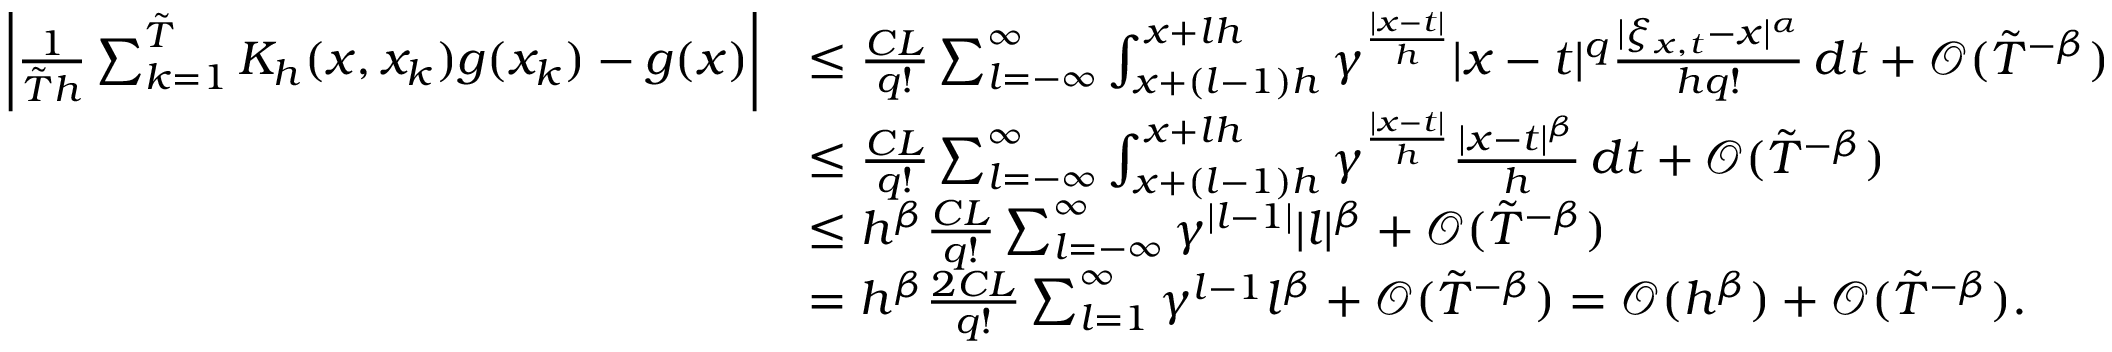
\begin{array} { r l } { \left| \frac { 1 } { \tilde { T } h } \sum _ { k = 1 } ^ { \tilde { T } } K _ { h } ( x , x _ { k } ) g ( x _ { k } ) - g ( x ) \right| } & { \leq \frac { C L } { q ! } \sum _ { l = - \infty } ^ { \infty } \int _ { x + ( l - 1 ) h } ^ { x + l h } \gamma ^ { \frac { | x - t | } { h } } | x - t | ^ { q } \frac { | \xi _ { x , t } - x | ^ { \alpha } } { h q ! } \, d t + \mathcal { O } ( \tilde { T } ^ { - \beta } ) } \\ & { \leq \frac { C L } { q ! } \sum _ { l = - \infty } ^ { \infty } \int _ { x + ( l - 1 ) h } ^ { x + l h } \gamma ^ { \frac { | x - t | } { h } } \frac { | x - t | ^ { \beta } } { h } \, d t + \mathcal { O } ( \tilde { T } ^ { - \beta } ) } \\ & { \leq h ^ { \beta } \frac { C L } { q ! } \sum _ { l = - \infty } ^ { \infty } \gamma ^ { | l - 1 | } | l | ^ { \beta } + \mathcal { O } ( \tilde { T } ^ { - \beta } ) } \\ & { = h ^ { \beta } \frac { 2 C L } { q ! } \sum _ { l = 1 } ^ { \infty } \gamma ^ { l - 1 } l ^ { \beta } + \mathcal { O } ( \tilde { T } ^ { - \beta } ) = \mathcal { O } ( h ^ { \beta } ) + \mathcal { O } ( \tilde { T } ^ { - \beta } ) . } \end{array}